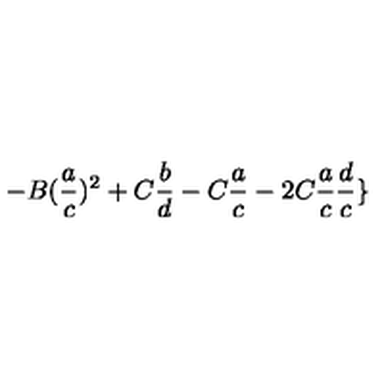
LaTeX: - B ( \frac { a } { c } ) ^ { 2 } + C \frac { b } { d } - C \frac { a } { c } - 2 C \frac { a } { c } \frac { d } { c } \}